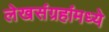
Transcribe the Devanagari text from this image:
लेखसंग्रहांमध्ये